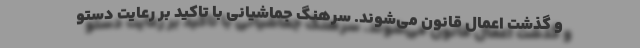
و گذشت اعمال قانون می‌شوند. سرهنگ جماشیانی با تاکید بر رعایت دستو